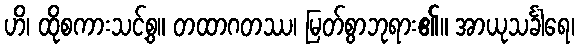
ဟိ၊ ထိုစကားသင့်စွ။ တထာဂတဿ၊ မြတ်စွာဘုရား၏။ အာယုသင်္ခါရေ၊